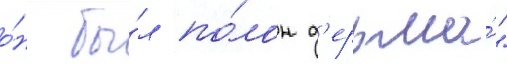
о́н бы́л по́лон д'ерьма́"